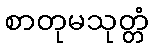
စာတုမသုတ္တံ